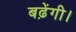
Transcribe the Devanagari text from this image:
बढ़ेंगी।